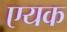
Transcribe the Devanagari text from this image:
एयक